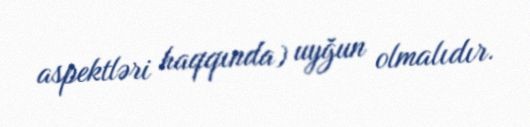
aspektləri haqqında) uyğun olmalıdır.